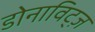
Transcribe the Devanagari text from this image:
डोनाविट्ज़